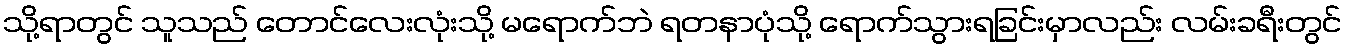
သို့ရာတွင် သူသည် တောင်လေးလုံးသို့ မရောက်ဘဲ ရတနာပုံသို့ ရောက်သွားရခြင်းမှာလည်း လမ်းခရီးတွင်